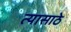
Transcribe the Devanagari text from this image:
त्यासाठे